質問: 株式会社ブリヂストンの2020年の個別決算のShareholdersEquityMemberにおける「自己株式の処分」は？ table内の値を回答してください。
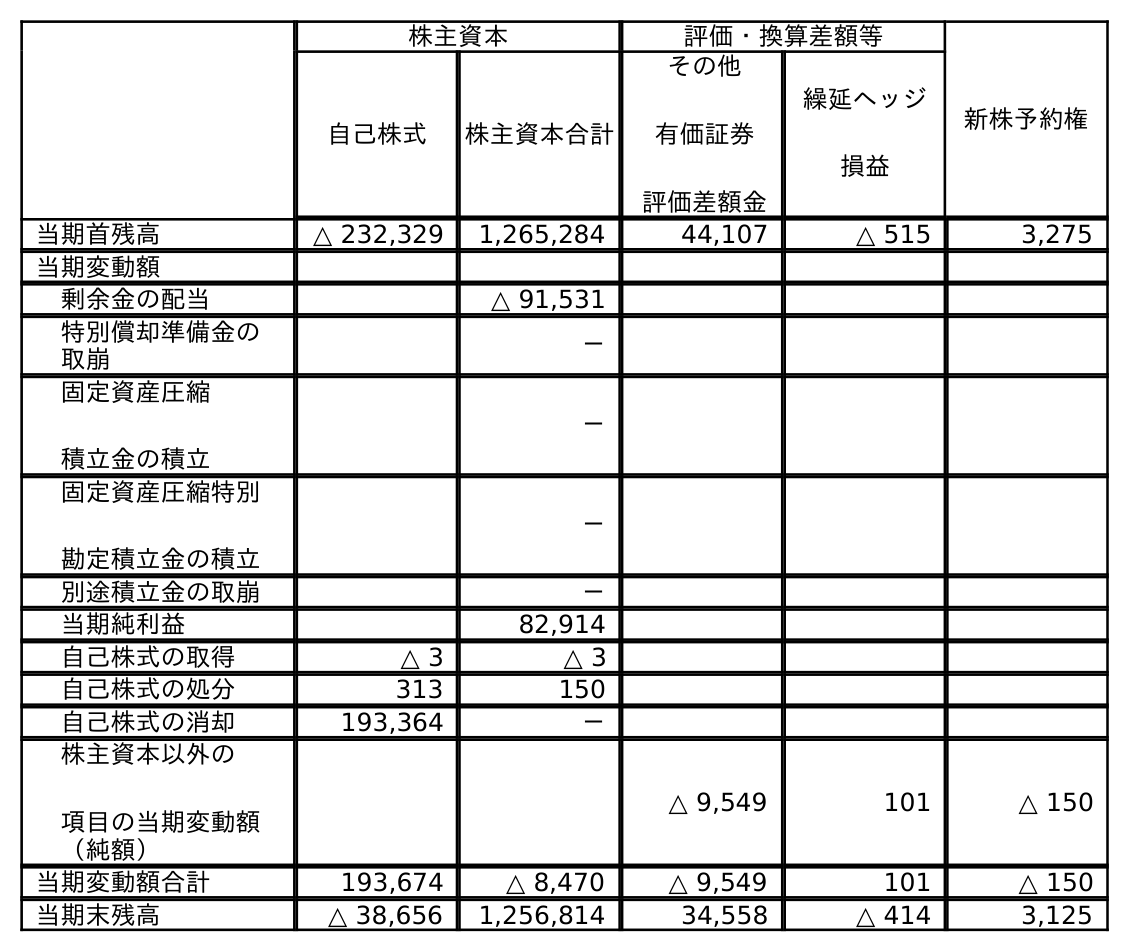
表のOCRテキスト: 株主資本 評価・換算差額等 新株予約権 自己株式 株主資本合計 その他 有価証券 評価差額金 繰延ヘッジ 損益 当期首残高 △ 232,329 1,265,284 44,107 △ 515 3,275 当期変動額 剰余金の配当 △ 91,531 特別償却準備金の 取崩 － 固定資産圧縮 積立金の積立 － 固定資産圧縮特別 勘定積立金の積立 － 別途積立金の取崩 － 当期純利益 82,914 自己株式の取得 △ 3 △ 3 自己株式の処分 313 150 自己株式の消却 193,364 － 株主資本以外の 項目の当期変動額 （純額） △ 9,549 101 △ 150 当期変動額合計 193,674 △ 8,470 △ 9,549 101 △ 150 当期末残高 △ 38,656 1,256,814 34,558 △ 414 3,125
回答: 150